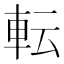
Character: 転